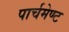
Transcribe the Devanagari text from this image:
पार्चमेण्ट